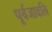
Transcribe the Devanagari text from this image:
पूर्वजावलि